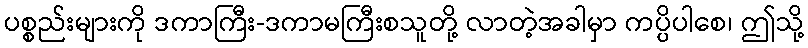
ပစ္စည်းများကို ဒကာကြီး-ဒကာမကြီးစသူတို့ လာတဲ့အခါမှာ ကပ္ပိပါစေ၊ ဤသို့